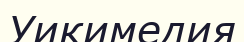
Уикимедия